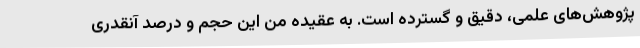
پژوهش‌های علمی، دقیق و گسترده است. به عقیده من این حجم و درصد آنقدری